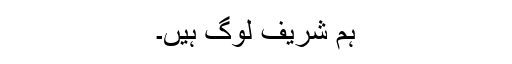
ہم شریف لوگ ہیں۔